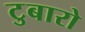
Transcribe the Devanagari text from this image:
टुबारो